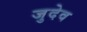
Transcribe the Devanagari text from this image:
जुदेव